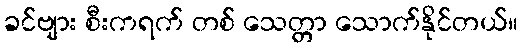
ခင်ဗျား စီးကရက် တစ် သေတ္တာ သောက်နိုင်တယ်။